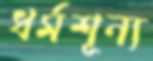
ধর্মশূন্য